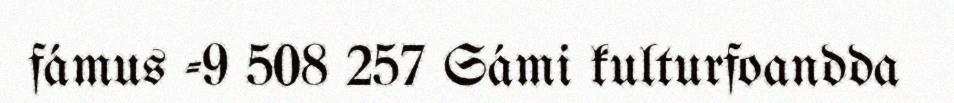
fámus -9 508 257 Sámi kulturfoandda